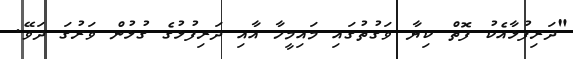
"ދަރިފުޅާއެކު ފޮތް ކިޔާ ވަގުތުގައި މައިމީހާ އާއި ދަރިފުޅުގެ ގުޅުން ވަރުގަ ދަވޭ.